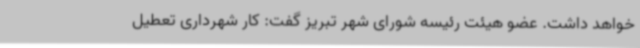
خواهد داشت. عضو هیئت رئیسه شورای شهر تبریز گفت: کار شهرداری تعطیل